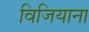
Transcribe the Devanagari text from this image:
विजियाना